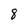
Character: 8